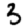
Digit: 3